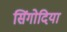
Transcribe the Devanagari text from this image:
सिंगोदिया